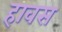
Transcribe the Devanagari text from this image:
हावस